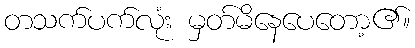
တသက်ပက်လုံး မှတ်မိနေပေတော့၏။